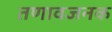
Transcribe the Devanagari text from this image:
तणावजनक